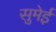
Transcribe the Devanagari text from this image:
सुमेई